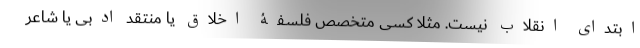
ابتدای انقلاب نیست. مثلا کسی متخصص فلسفۀ اخلاق یا منتقد ادبی یا شاعر